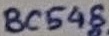
Text: BC548